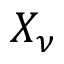
X _ { \nu }